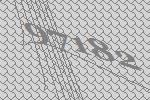
97182